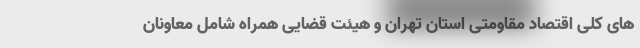
های کلی اقتصاد مقاومتی استان تهران و هیئت قضایی همراه شامل معاونان